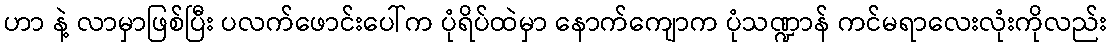
ဟာ နဲ့ လာမှာဖြစ်ပြီး ပလက်ဖောင်းပေါ်က ပုံရိပ်ထဲမှာ နောက်ကျောက ပုံသဏ္ဍာန် ကင်မရာလေးလုံးကိုလည်း